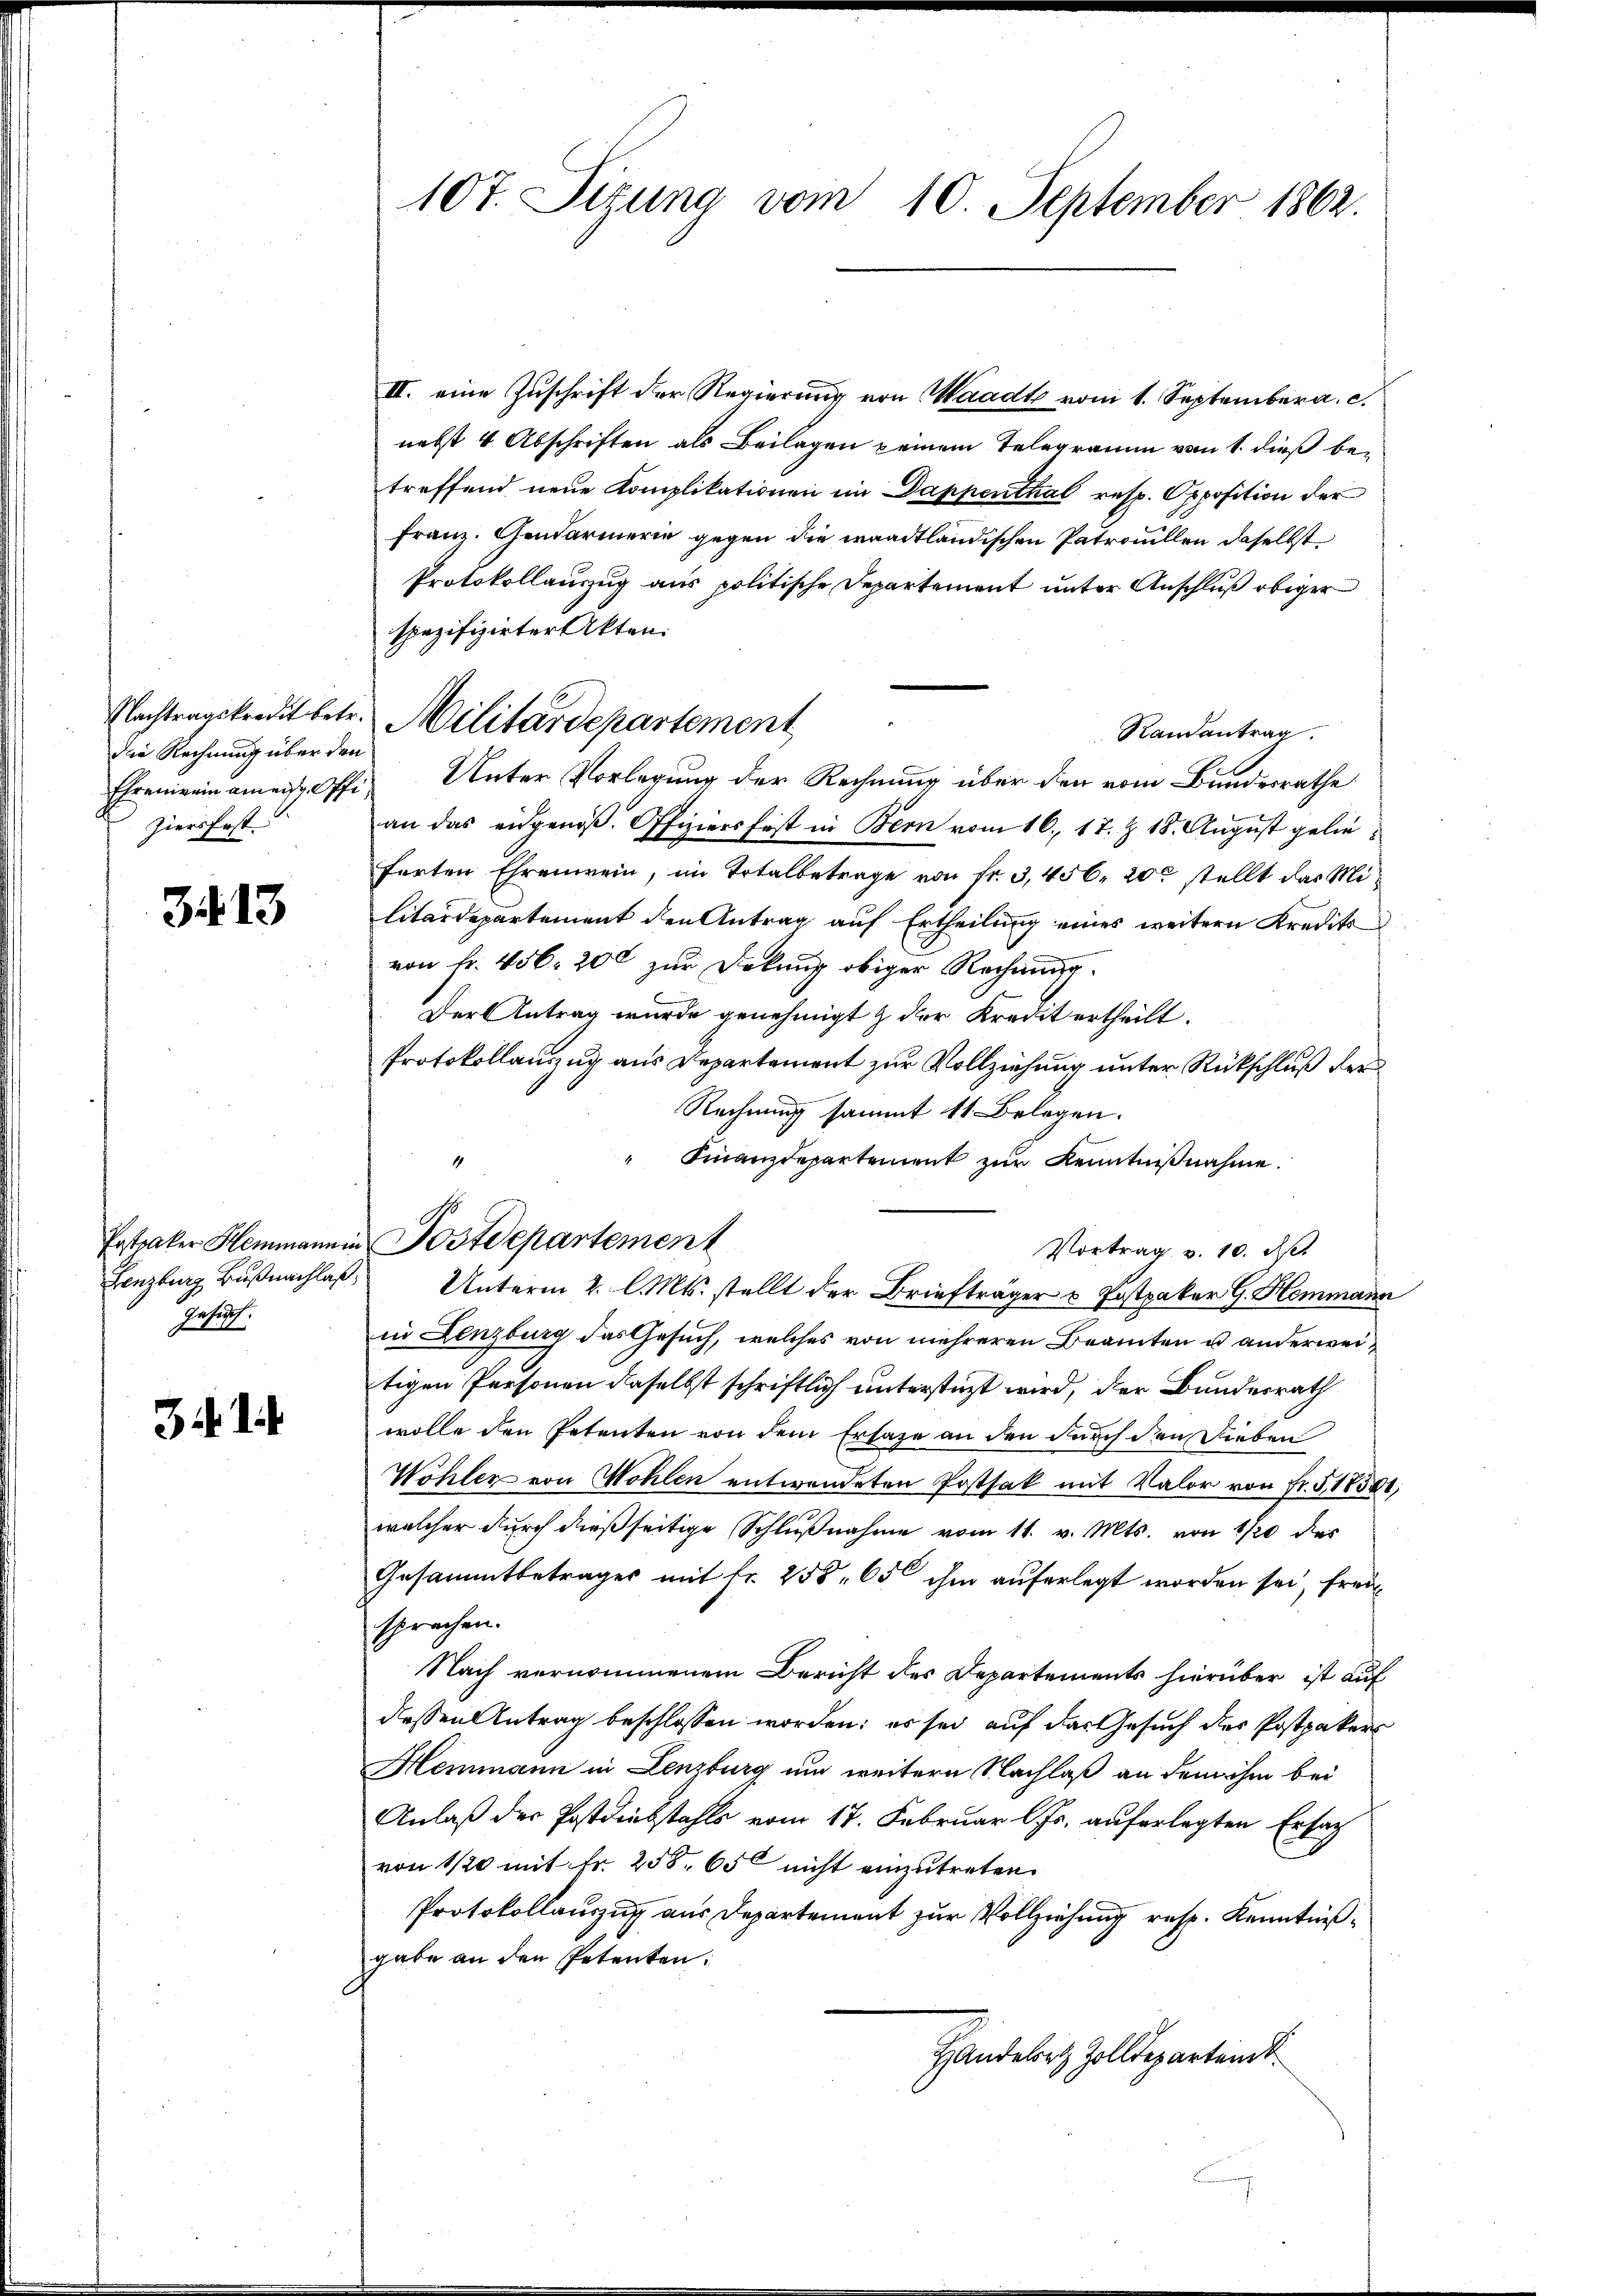
Nachtragskredit betr.
die Rechnung über den
ziers fast

34. 13

Postraker Heimann in
Lenzburg Büßnachlaß
frich,
J

107. Sitzung vom 10. September 1862.

III. eine Zuschrift der Regierung von Waadt vom 1. September a. c.
nebst 4 Abschriften als Beilagen keinem Telegramm vom 1. dieß betreffend neue Komplikationen im Dappenthal resp. Opposition der
Franz. Gendarmerin gegen die waadtländischen Patrouillen daselbst
Protokollauszug aus politische Departement unter Anschluß obiger
spezifizirter Akten.
Randantrag.
Ehrenerin amenstoffi Unter Vorlegung der Rechnung über den vom Bundesrathe
an das eidgenöß. Offiziers fast in Bern vom 16. 17. Z. 18. August gelieferten Ehrenwein, im Totalbetrage von fr. 3, 456. 200 stellt das Militärdepartement den Antrag auf Ertheilung eines weitern Kredits
von fr. 406. 200 zur Dokung obiger Rechnung.
Der Antrag wurde genehmigt & der Kredit ertheilt.
Protokollauszug aus Departement zur Vollziehung unter Rückschluß der
Rechnung sammt 11. Belegen.
" Finanzdepartement zur Kenntnißnahme.
Vortrag v. 10. d.
Unterm 2. l. Mts. stellt der Briefträger u Postpaker G. Hemmann
in Lenzburg das Gesuch, welches von mehreren Beamten u anderweitigen Personen daselbst schriftlich unterstüzt wird, der Bundesrath
wolle den Petenten von dem Ersage an den durch den Lieben
Wöhler von Wohlen entwendeten Postsak mit Valor von Fr. § 18501;
welcher durch dießseitige Schlußnahme vom 11. v. Mts. von 1/20 das
Gesammtbetrages mit fr. 258. 650 ihm auferlegt worden sei, freisprachen.
Nach vernommenem Bericht des Departements hierüber ist auf
dessen Antrag beschlossen worden; es sei auf das Gesuch des Postpakers
Hemmann in Lenzburg um weitern Nachlaß an dem ihm bei
Anlaß der Postdiebstahls vom 17. Februar l. Js. auferlegten Ersatz
von 1/20 mit Fr. 258. 650 nicht einzutreten.
Protokollauszug aus Departement zur Vollziehung resp. Kenntnißgabe an den Petenten.
Handeler Zolldepartend

Militärdepartement

Postdepartement